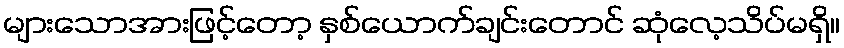
များသောအားဖြင့်တော့ နှစ်ယောက်ချင်းတောင် ဆုံလေ့သိပ်မရှိ။